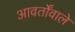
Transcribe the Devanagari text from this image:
आवर्तोंवाले